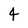
Character: 4